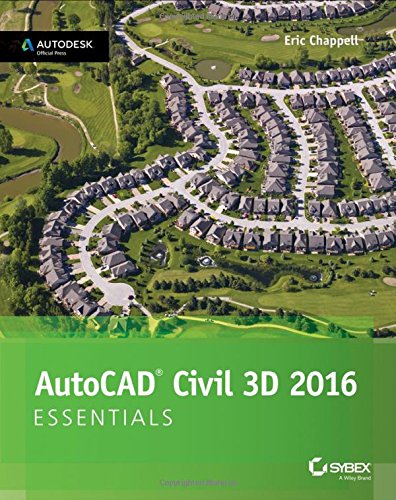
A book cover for AutoCAD Civil 3D 2016 Essentials: Autodesk Official Press; Eric Chappell; Computers & Technology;